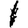
Digit: 1